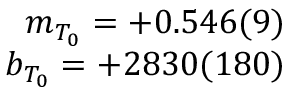
\begin{array} { r } { m _ { T _ { 0 } } = + 0 . 5 4 6 ( 9 ) } \\ { b _ { T _ { 0 } } = + 2 8 3 0 ( 1 8 0 ) } \end{array}